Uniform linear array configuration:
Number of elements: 8
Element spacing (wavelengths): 0.75
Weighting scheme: exponential
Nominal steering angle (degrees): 15
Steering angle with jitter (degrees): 15.28
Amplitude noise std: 0.05
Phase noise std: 0.05

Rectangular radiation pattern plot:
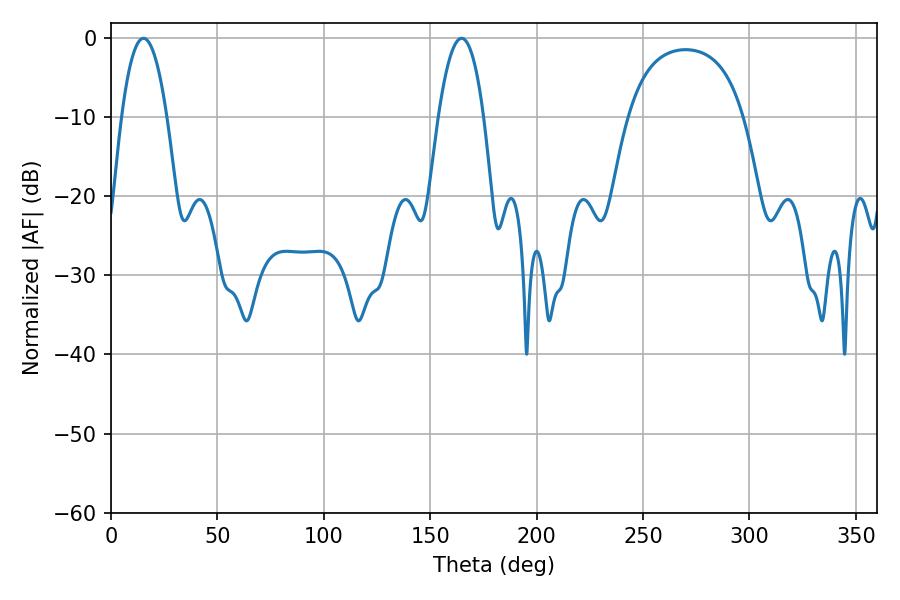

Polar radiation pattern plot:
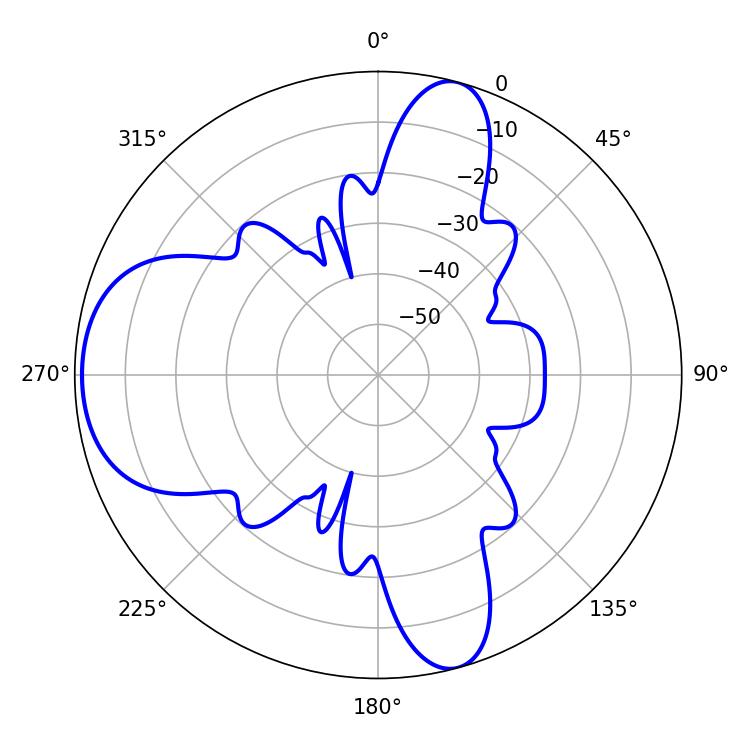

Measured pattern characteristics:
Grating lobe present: TRUE
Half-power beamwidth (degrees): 11.7
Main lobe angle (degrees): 15.3